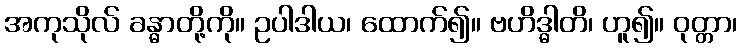
အကုသိုလ် ခန္ဓာတို့ကို။ ဥပါဒါယ၊ ထောက်၍။ ဗဟိဒ္ဓါတိ၊ ဟူ၍။ ဝုတ္တာ၊